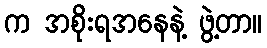
က အစိုးရအနေနဲ့ ဖွဲ့တာ။